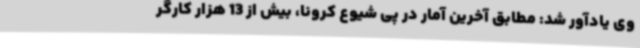
وی یادآور شد: مطابق آخرین آمار در پی شیوع کرونا، بیش از 13 هزار کارگر